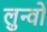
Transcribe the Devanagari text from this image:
लुन्वो